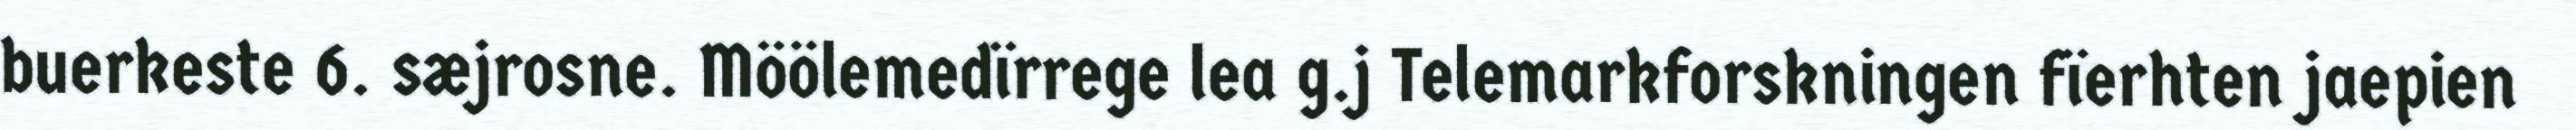
buerkeste 6. sæjrosne. Möölemedïrrege lea g.j Telemarkforskningen fïerhten jaepien